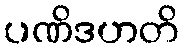
ပဏိဒဟတိ